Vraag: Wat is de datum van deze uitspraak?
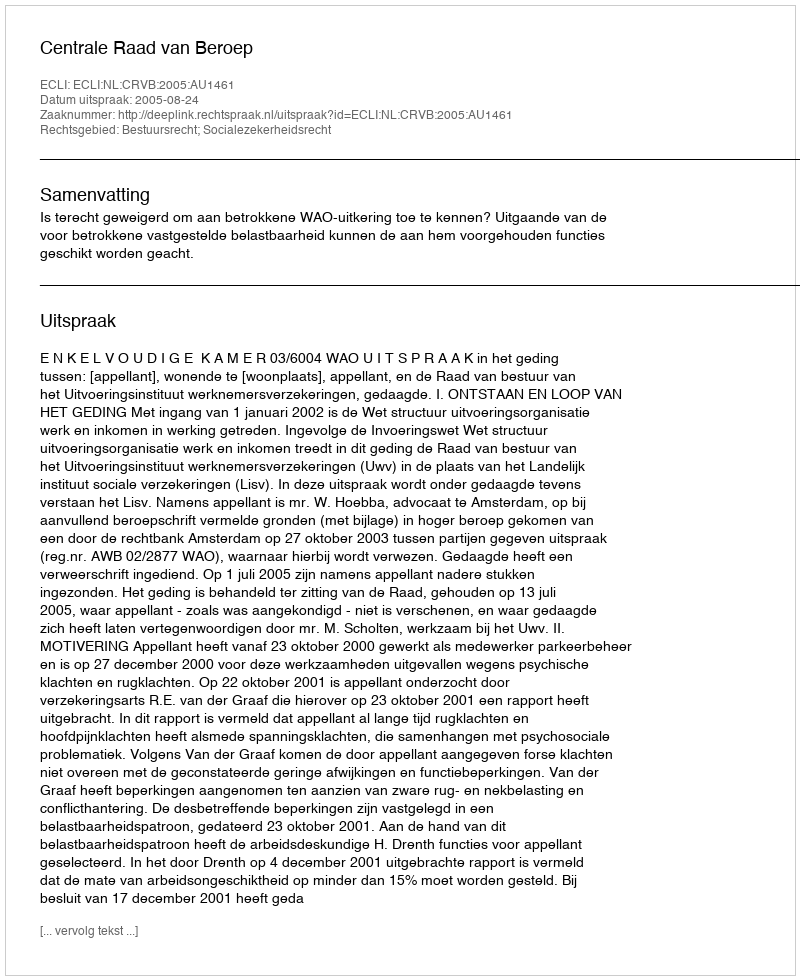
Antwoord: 2005-08-24